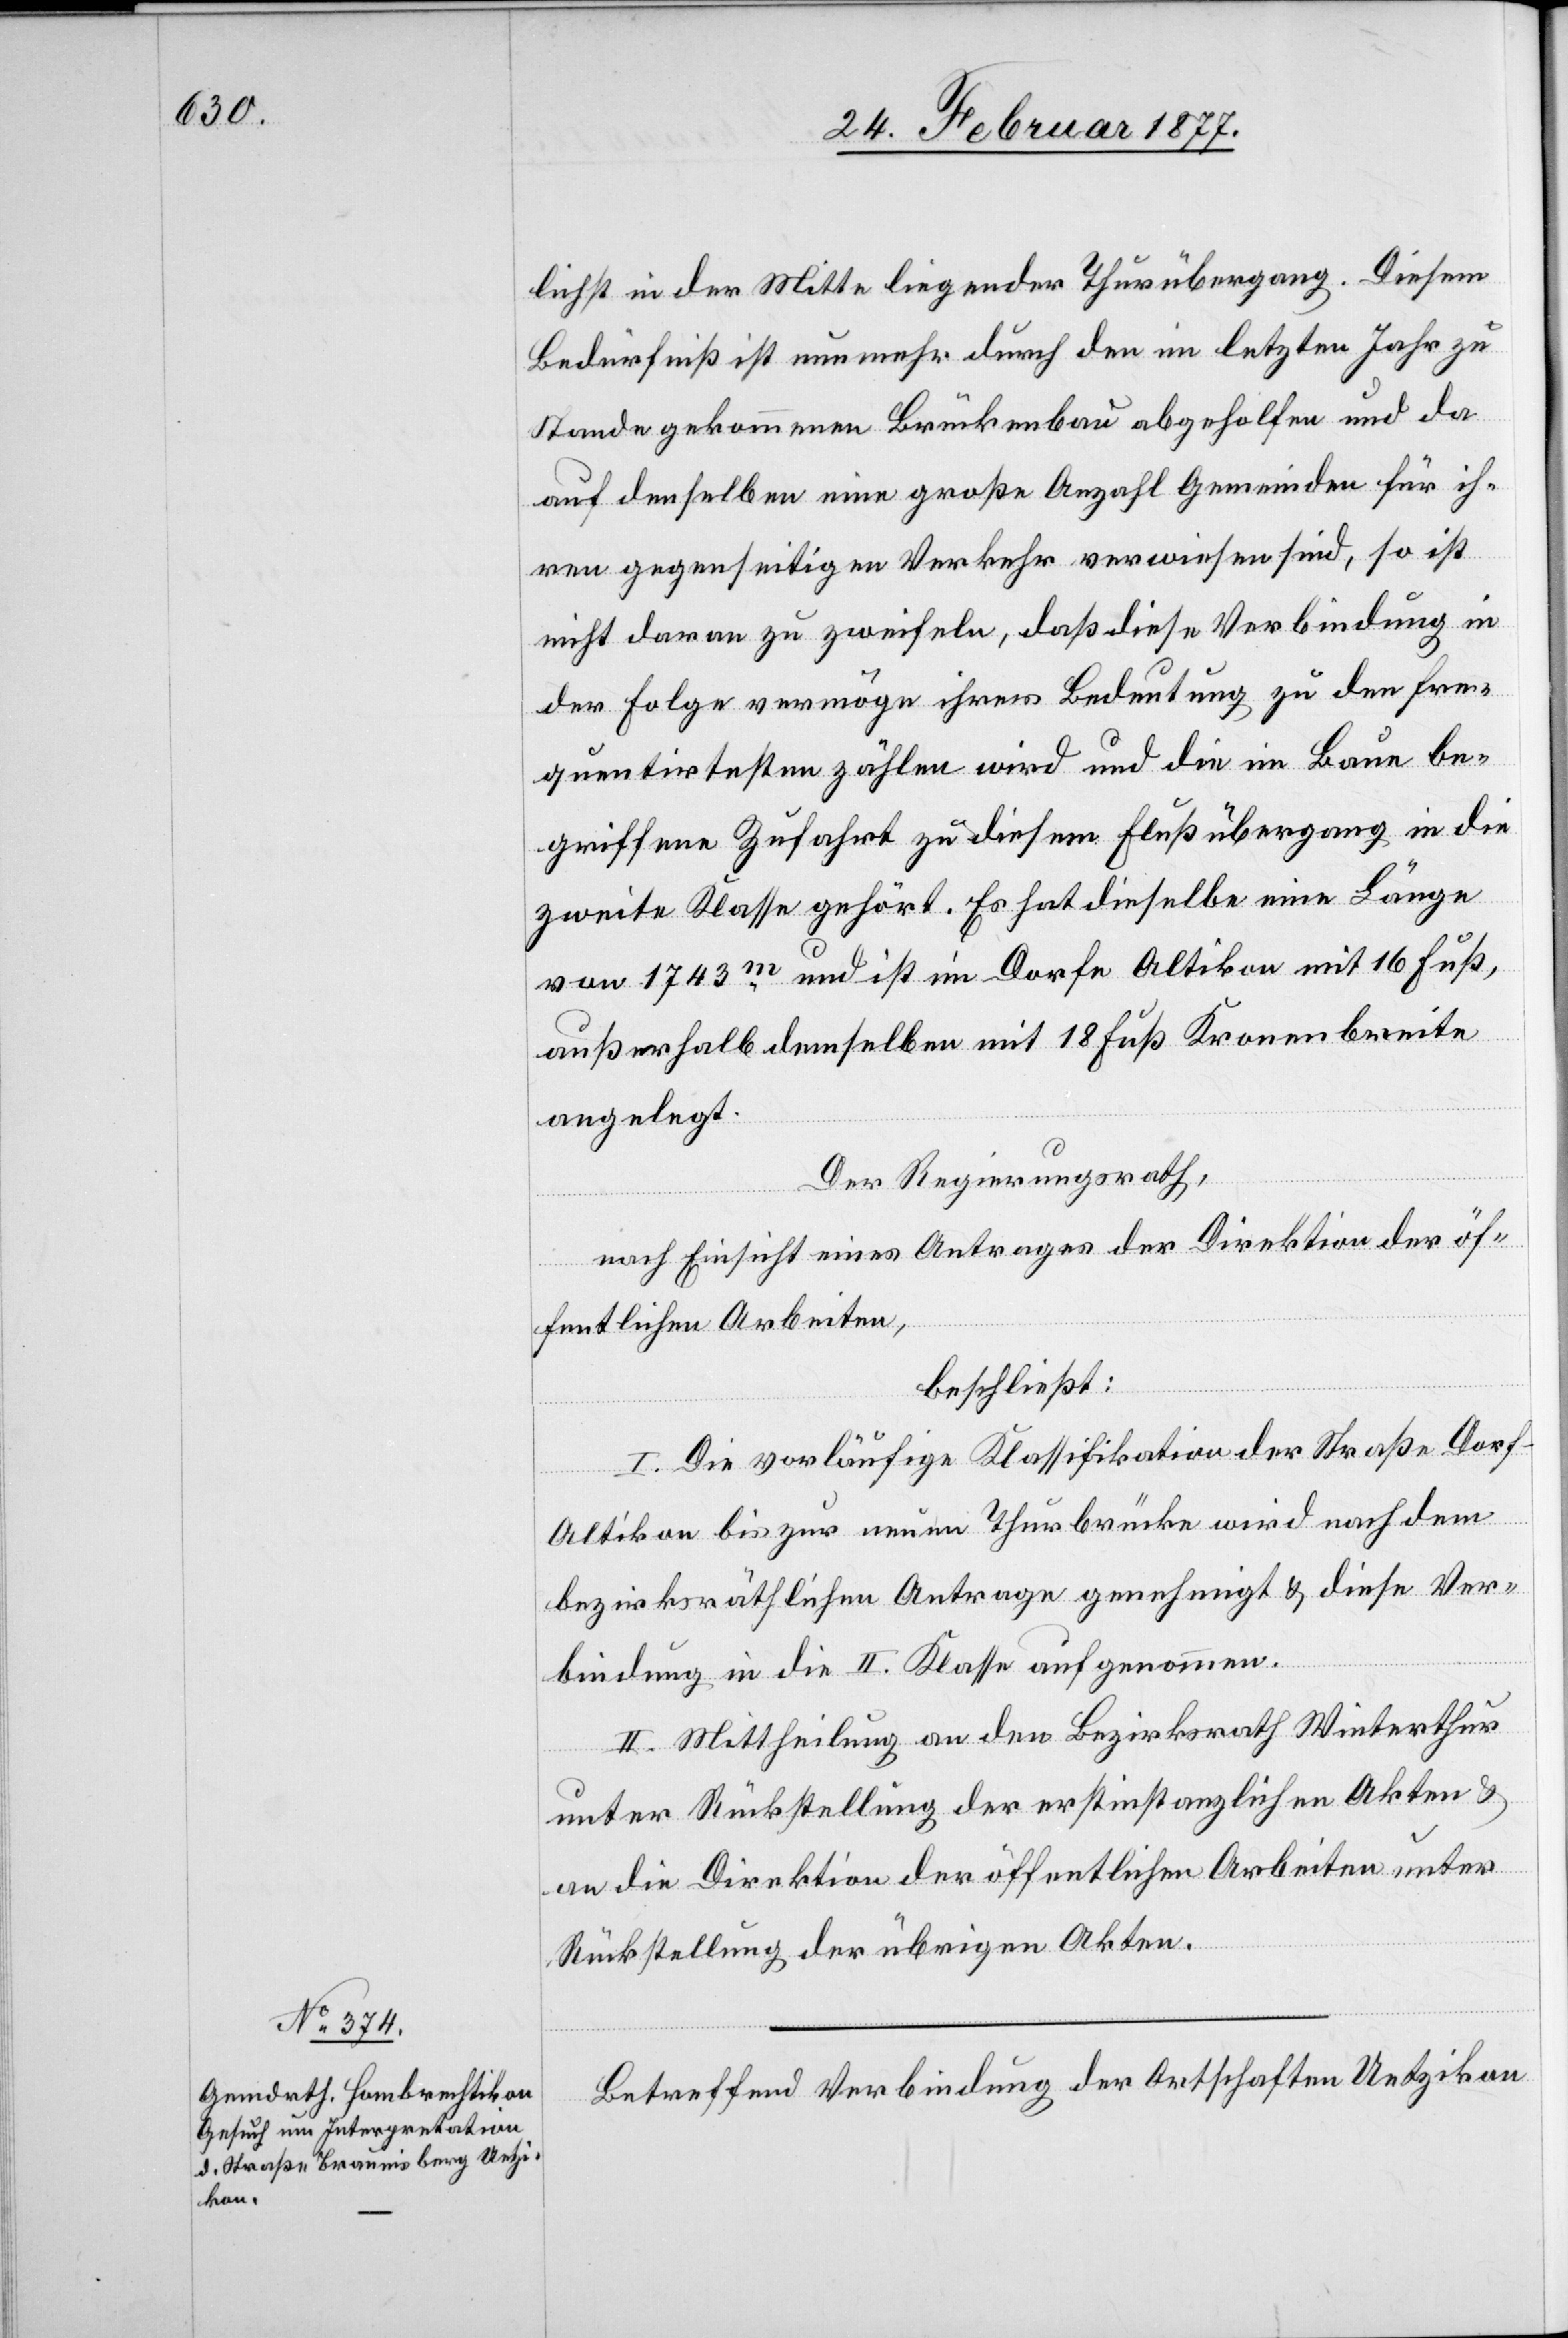
lichst in der Mitte liegender Thurübergang. Diesem
Bedürfniß ist nunmehr durch den im letzten Jahr zu
Stande gekommenen Brückenbau abgeholfen und da
auf denselben eine große Anzahl Gemeinden für ih¬
ren gegenseitigen Verkehr verwiesen sind, so ist
nicht daran zu zweifeln, daß diese Verbindung in
der Folge vermöge ihrer Bedeutung zu den fre¬
quentirtesten zählen wird und die im Baue be¬
griffene Zufahrt zu diesem Flußübergang in die
zweite Klasse gehört. Es hat dieselbe eine Länge
von 1743m und ist im Dorfe Altikon mit 16 Fuß,
außerhalb demselben mit 18 Fuß Kronenbreite
angelegt.
Der Regierungsrath,
nach Einsicht eines Antrages der Direktion der öf¬
fentlichen Arbeiten,
beschließt:
I. Die vorläufige Klassifikation der Straße Dorf-A¬
ltikon bis zur neuen Thurbrücke wird nach dem
bezirksräthlichen Antrage genehmigt & diese Ver¬
bindung in die II. Klasse aufgenommen.
II. Mittheilung an den Bezirksrath Winterthur
unter Rückstellung der erstinstanzlichen Akten &
an die Direktion der öffentlichen Arbeiten unter
Rückstellung der übrigen Akten.
Betreffend Verbindung der Ortschaften Uetzikon